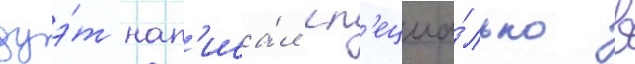
дуэ́т нап'иса́л сп'ециа́льно в